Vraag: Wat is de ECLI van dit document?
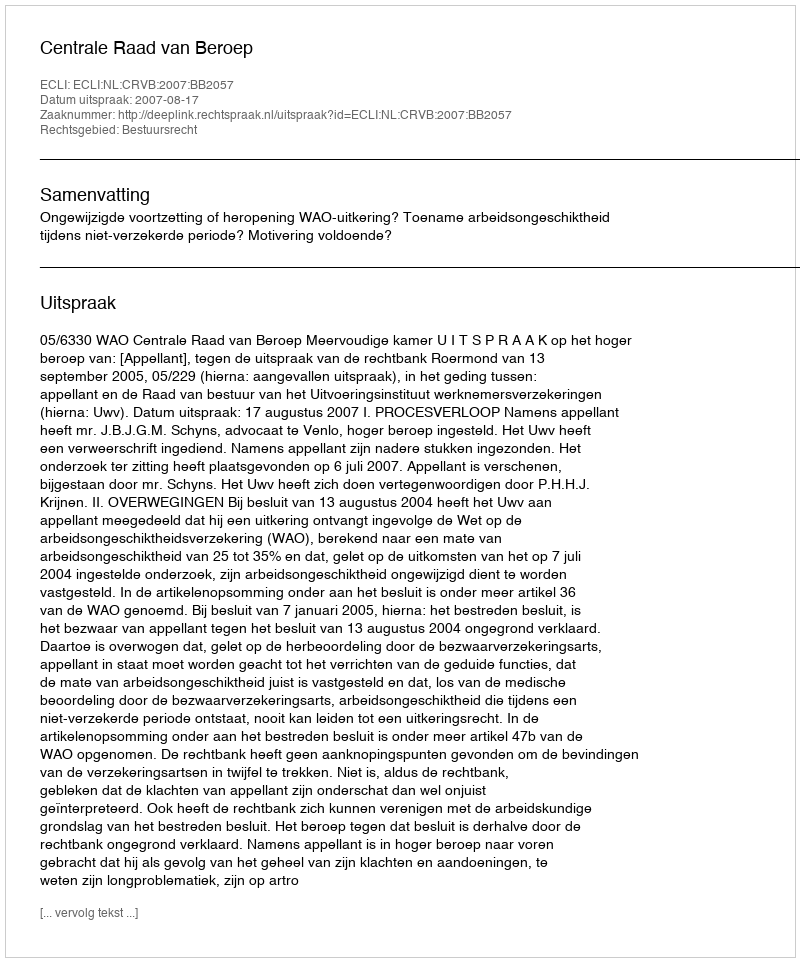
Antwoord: ECLI:NL:CRVB:2007:BB2057